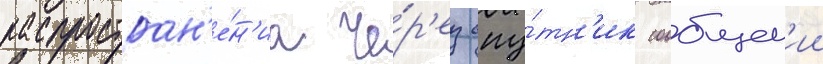
распростран'е́н'иа че́р'ез спу́тн'ик сообщен'ии